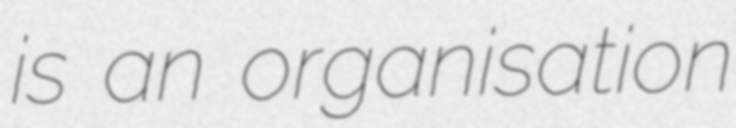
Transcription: is an organisation